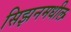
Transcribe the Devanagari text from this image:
सिझनमधील